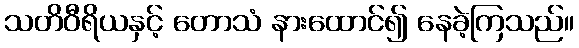
သတိဝီရိယနှင့် တောသံ နားထောင်၍ နေခဲ့ကြသည်။